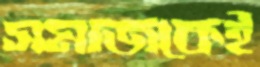
সমাজকেই